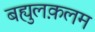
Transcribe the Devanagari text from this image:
बह्युलक़लम